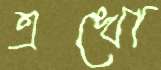
এখো